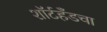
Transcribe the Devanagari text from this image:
शॉर्टहँडचा